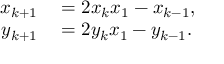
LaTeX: \begin{array} { r l } { x _ { k + 1 } } & { { } = 2 x _ { k } x _ { 1 } - x _ { k - 1 } , } \\ { y _ { k + 1 } } & { { } = 2 y _ { k } x _ { 1 } - y _ { k - 1 } . } \end{array}